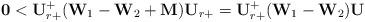
LaTeX: \begin{align*}{\bf 0} < {\bf U}_{r+}^+ ({\bf W}_1 - {\bf W}_2 + {\bf M} ){\bf U}_{r+} = {\bf U}_{r+}^+ ({\bf W}_1 - {\bf W}_2){\bf U}\end{align*}